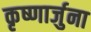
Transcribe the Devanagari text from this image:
कृष्णार्जुना